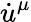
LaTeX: \dot{u}^{\mu}